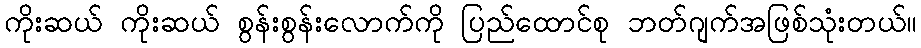
ကိုးဆယ် ကိုးဆယ် စွန်းစွန်းလောက်ကို ပြည်ထောင်စု ဘတ်ဂျက်အဖြစ်သုံးတယ်။